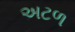
અટળ